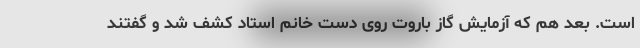
است. بعد هم که آزمایش گاز باروت روی دست خانم استاد کشف شد و گفتند